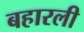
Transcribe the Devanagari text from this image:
बहारली